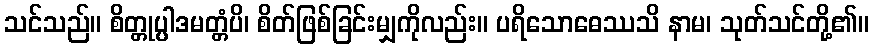
သင်သည်။ စိတ္တုပ္ပါဒမတ္တံပိ၊ စိတ်ဖြစ်ခြင်းမျှကိုလည်း။ ပရိသောဓေဿသိ နာမ၊ သုတ်သင်တို့၏။